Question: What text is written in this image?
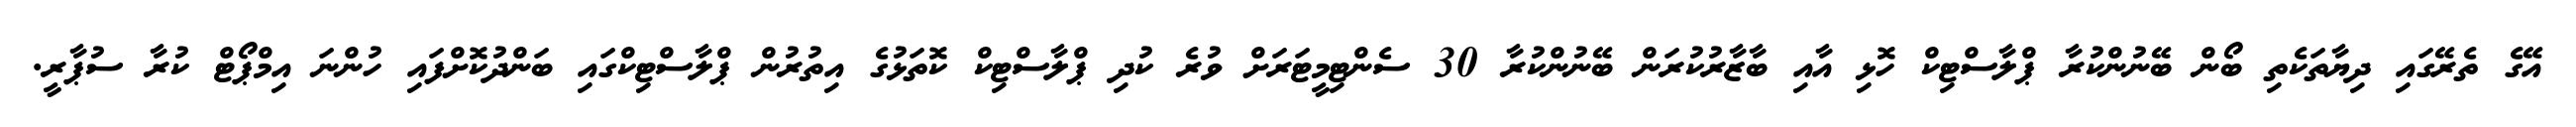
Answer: އޭގެ ތެރޭގައި ދިޔާތަކެތި ބޯން ބޭނުންކުރާ ޕްލާސްޓިކް ހޮޅި އާއި ބާޒާރުކުރަން ބޭނުންކުރާ 30 ސެންޓިމީޓަރަށް ވުރެ ކުދި ޕްލާސްޓިކް ކޮތަޅުގެ އިތުރުން ޕްލާސްޓިކްގައި ބަންދުކޮށްފައި ހުންނަ އިމްޕޯޓް ކުރާ ސުޕާރީ.